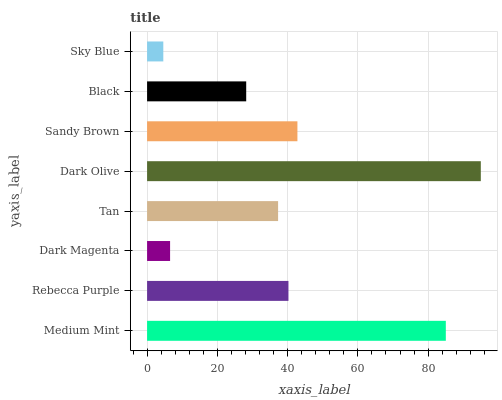
| yaxis_label | bars |
 | --- | --- |
 | Medium Mint | 85 |
 | Rebecca Purple | 40.2 |
 | Dark Magenta | 6.55 |
 | Tan | 37.3 |
 | Dark Olive | 95 |
 | Sandy Brown | 42.8 |
 | Black | 28.2 |
 | Sky Blue | 4.62 |